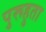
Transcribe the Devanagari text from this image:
पुरूहुता